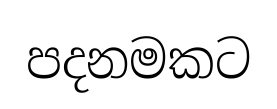
පදනමකට